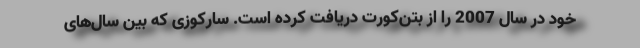
خود در سال 2007 را از بتن‌کورت دریافت کرده است. سارکوزی که بین سال‌های